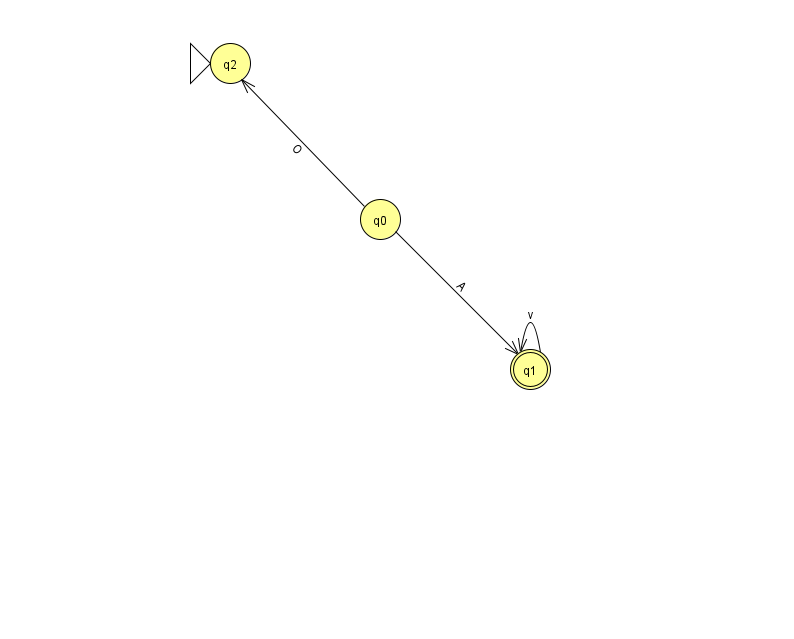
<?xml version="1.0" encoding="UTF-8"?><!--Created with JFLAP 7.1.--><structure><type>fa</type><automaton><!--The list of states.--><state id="0" name="q0"><x>380.0</x><y>206.0</y></state><state id="1" name="q1"><x>530.0</x><y>356.0</y><final/></state><state id="2" name="q2"><x>230.0</x><y>50.0</y><initial/></state><!--The list of transitions.--><transition><from>1</from><to>1</to><read>v</read></transition><transition><from>0</from><to>1</to><read>A</read></transition><transition><from>0</from><to>2</to><read>O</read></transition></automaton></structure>